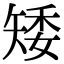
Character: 矮